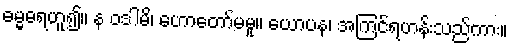
ဓမ္မဓရဟူ၍။ န ဝဒါမိ၊ ဟောတော်မမူ။ ယောပန၊ အကြင်ရဟန်းသည်ကား။